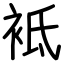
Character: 袛